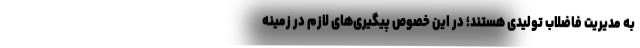
به مدیریت فاضلاب تولیدی هستند؛ در این خصوص پیگیری‌های لازم در زمینه